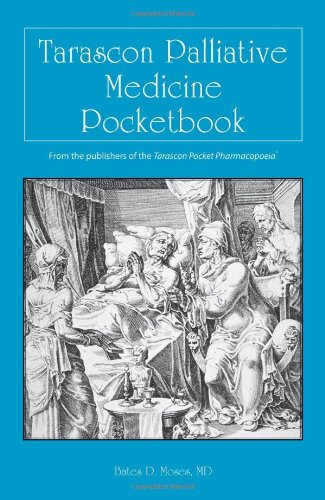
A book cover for Tarascon Palliative Medicine Pocketbook; Bates D Moses; Medical Books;